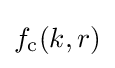
f_{\rm {c}}(k,r)